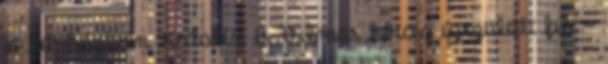
a kórházban Katalin és Vilmos herceg újszülött fia -